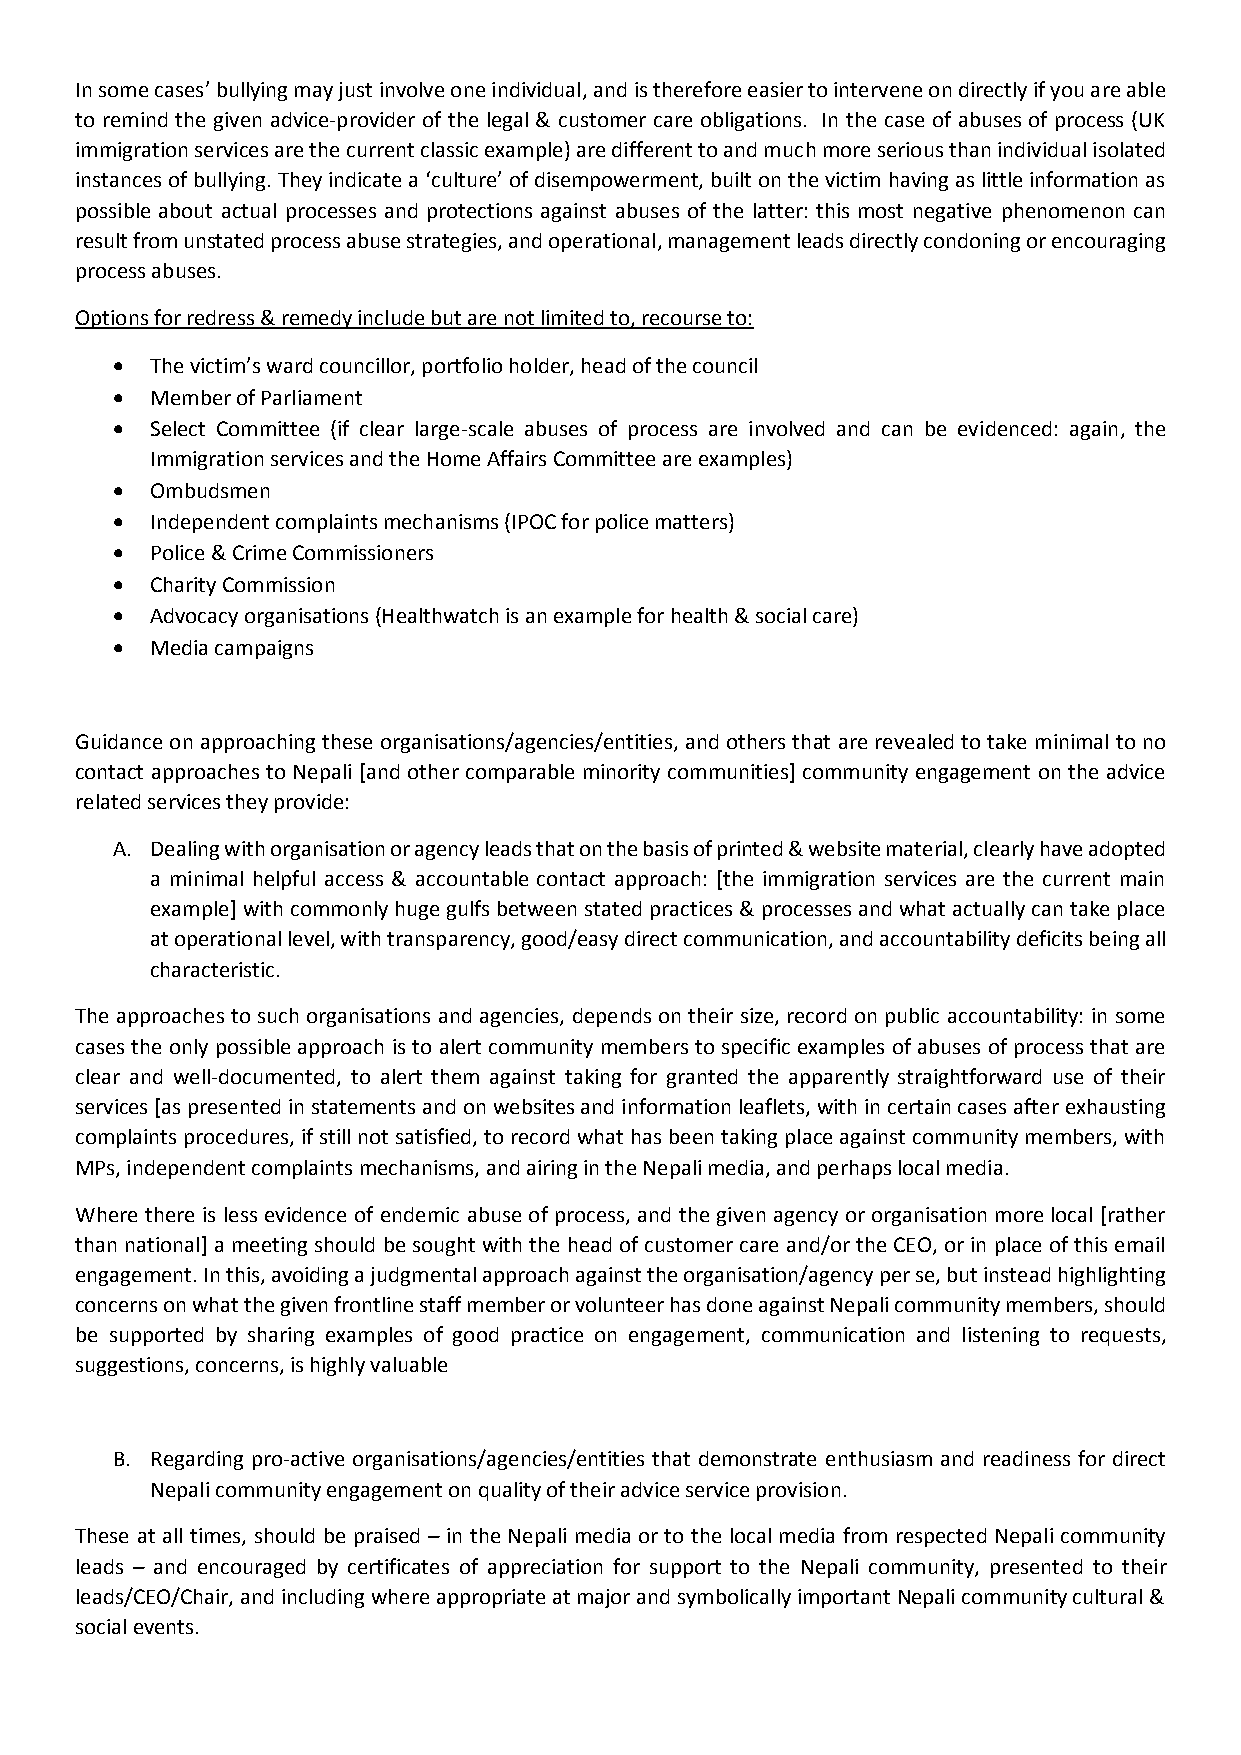
In some cases’ bullying may just involve one individual, and is therefore easier to intervene on directly if you are able
 to remind the given advice-provider of the legal & customer care obligations. In the case of abuses of process (UK
 immigration services are the current classic example) are different to and much more serious than individual isolated
 instances of bullying. They indicate a ‘culture’ of disempowerment, built on the victim having as little information as
 possible about actual processes and protections against abuses of the latter: this most negative phenomenon can
 result from unstated process abuse strategies, and operational, management leads directly condoning or encouraging
 process abuses.
 Options for redress & remedy include but are not limited to, recourse to:
 •  The victim’s ward councillor, portfolio holder, head of the council
 •  Member of Parliament
 •  Select Committee (if clear large-scale abuses of process are involved and can be evidenced: again, the
 Immigration services and the Home Affairs Committee are examples)
 •  Ombudsmen
 •  Independent complaints mechanisms (IPOC for police matters)
 •  Police & Crime Commissioners
 •  Charity Commission
 •  Advocacy organisations (Healthwatch is an example for health & social care)
 •  Media campaigns
 Guidance on approaching these organisations/agencies/entities, and others that are revealed to take minimal to no
 contact approaches to Nepali [and other comparable minority communities] community engagement on the advice
 related services they provide:
 A. Dealing with organisation or agency leads that on the basis of printed & website material, clearly have adopted
 a minimal helpful access & accountable contact approach: [the immigration services are the current main
 example] with commonly huge gulfs between stated practices & processes and what actually can take place
 at operational level, with transparency, good/easy direct communication, and accountability deficits being all
 characteristic.
 The approaches to such organisations and agencies, depends on their size, record on public accountability: in some
 cases the only possible approach is to alert community members to specific examples of abuses of process that are
 clear and well-documented, to alert them against taking for granted the apparently straightforward use of their
 services [as presented in statements and on websites and information leaflets, with in certain cases after exhausting
 complaints procedures, if still not satisfied, to record what has been taking place against community members, with
 MPs, independent complaints mechanisms, and airing in the Nepali media, and perhaps local media.
 Where there is less evidence of endemic abuse of process, and the given agency or organisation more local [rather
 than national] a meeting should be sought with the head of customer care and/or the CEO, or in place of this email
 engagement. In this, avoiding a judgmental approach against the organisation/agency per se, but instead highlighting
 concerns on what the given frontline staff member or volunteer has done against Nepali community members, should
 be supported by sharing examples of good practice on engagement, communication and listening to requests,
 suggestions, concerns, is highly valuable
 B. Regarding pro-active organisations/agencies/entities that demonstrate enthusiasm and readiness for direct
 Nepali community engagement on quality of their advice service provision.
 These at all times, should be praised – in the Nepali media or to the local media from respected Nepali community
 leads – and encouraged by certificates of appreciation for support to the Nepali community, presented to their
 leads/CEO/Chair, and including where appropriate at major and symbolically important Nepali community cultural &
 social events.